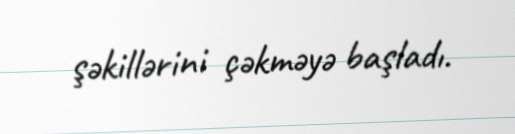
şəkillərini çəkməyə başladı.